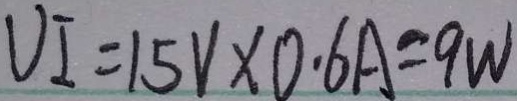
U I = 1 5 V \times 0 . 6 A = 9 W